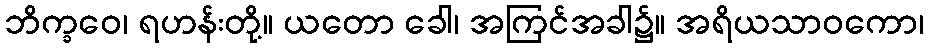
ဘိက္ခဝေ၊ ရဟန်းတို့။ ယတော ခေါ၊ အကြင်အခါ၌။ အရိယသာဝကော၊